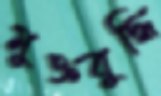
মুক্তবুদ্ধি